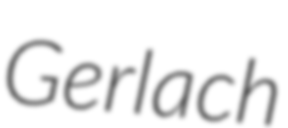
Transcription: Gerlach